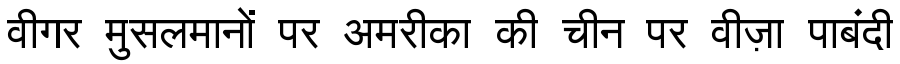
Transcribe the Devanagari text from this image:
वीगर मुसलमानों पर अमरीका की चीन पर वीज़ा पाबंदी